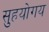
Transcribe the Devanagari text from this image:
सुहयोगय